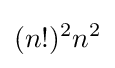
(n!)^{2}n^{2}